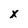
Character: x